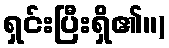
ရှင်းပြီးရှိ၏။)